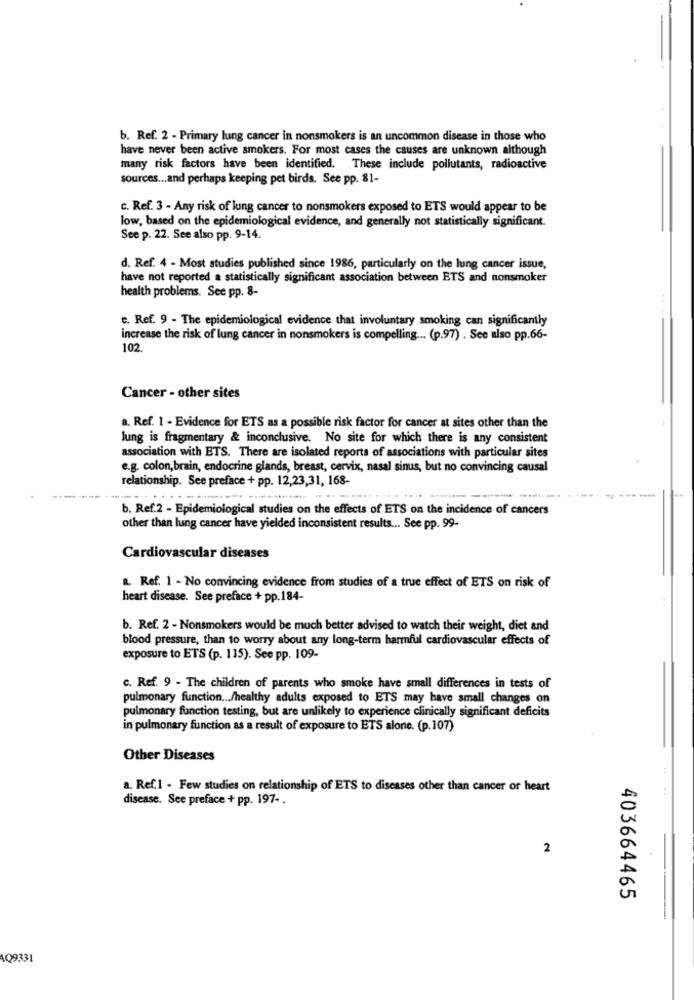
b. Ref. 2 - Primary lung cancer in nonsmokers is an uncommon disease in those who
have never been active smokers. For most cases the causes are unknown although
many risk factors have been identified. These include pollutants, radioactive
sources ... and perhaps keeping pet birds. See pp. 81-
c. Ref. 3 - Any risk of lung cancer to nonsmokers exposed to ETS would appear to be
low, based on the epidemiological evidence, and generally not statistically significant.
See p. 22. See also pp. 9-14.
d. Ref. 4 - Most studies published since 1986, particularly on the lung cancer issue,
have not reported a statistically significant association between ETS and nonsmoker
health problems. See pp. 8-
e. Ref. 9 - The epidemiological evidence that involuntary smoking can significantly
increase the risk of lung cancer in nonsmokers is compelling ... (p.97) . See also pp.66-
102
Cancer - other sites
a. Ref. 1 - Evidence for ETS as a possible risk factor for cancer at sites other than the
lung is fragmentary & inconclusive. No site for which there is any consistent
association with ETS. There are isolated reports of associations with particular sites
e.g. colon,brain, endocrine glands, breast, cervix, nasal sinus, but no convincing causal
relationship. See preface + pp. 12,23,31, 168-
b. Ref.2 - Epidemiological studies on the effects of ETS on the incidence of cancers
other than lung cancer have yielded inconsistent results ... Sce pp. 99-
Cardiovascular diseases
a. Ref. 1 - No convincing evidence from studies of a true effect of ETS on risk of
heart disease. See preface + pp.184-
b. Ref. 2 - Nonsmokers would be much better advised to watch their weight, diet and
blood pressure, than to worry about any long-term harmful cardiovascular effects of
exposure to ETS (p. 115). See pp. 109-
c. Ref. 9 - The children of parents who smoke have small differences in tests of
pulmonary function ... /healthy adults exposed to ETS may have small changes on
pulmonary function testing, but are unlikely to experience clinically significant deficits
in pulmonary function as a result of exposure to ETS alone. (p.107)
Other Diseases
a. Ref.1 - Few studies on relationship of ETS to diseases other than cancer or heart
disease. See preface + pp. 197 -.
2
403664465
AQ9331